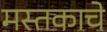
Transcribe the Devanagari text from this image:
मस्तकाचे